Leaving Certificate Examination (including Day School Certificate (Higher) General paper), 1927
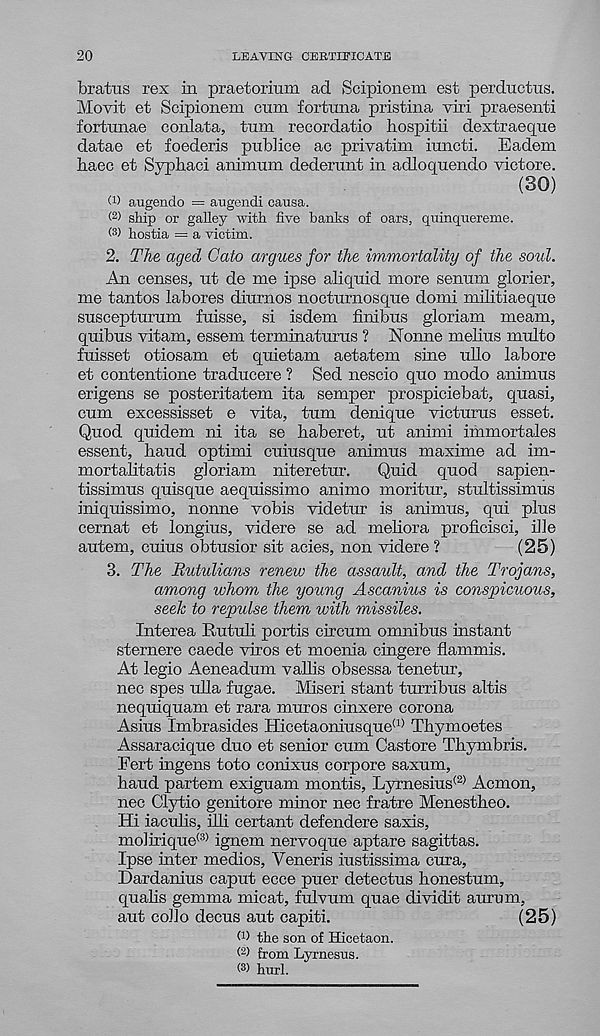
20
LEAVING CERTIFICATE
bratus rex in praetorium ad Scipionem est perductus.
Movit et Scipionem cum fortuna pristina viri praesenti
fortunae conlata, turn recordatio hospitii dextraeque
datae et foederis pub]ice ac privatim iuncti. Eadem
haec et Sypbaci animum dederunt in adloquendo victore.
(30)
O) angendo = augendi causa.
® ship or galley with five banks of oars, quinquereme.
® hostia = a victim.
2. The aged Cato argues for the immortality of the sold.
An censes, ut de me ipse aliquid more senum glorier,
me tantos labores diurnos nocturnosque domi militiaeque
suscepturum fuisse, si isdem finibus gloriam meam,
quibus vitam, essem terminaturus ? Nonne melius multo
fuisset otiosam et quietam aetatem sine ullo labore
et contentione traducere ? Sed nescio quo modo animus
erigens se posteritatem ita semper prospiciebat, quasi,
cum excessisset e vita, turn denique victurus esset.
Quod quidem ni ita se baberet, ut animi immortales
essent, baud optimi cuiusque animus maxime ad im-
mortabtatis gloriam niteretur. Quid quod sapien-
tissimus quisque aequissimo animo moritur, stultissimus
iniquissimo, nonne vobis videtur is animus, qui plus
cernat et longius, videre se ad meliora proficisci, die
autem, cuius obtusior sit acies, non videre?
(25)
3. The Rutulians renew the assault, and the Trojans,
among whom the young Ascanius is conspicuous,
seek to repulse them with missiles.
Interea Rutub portis circum omnibus instant
sternere caede viros et moenia cingere flammis.
At legio Aeneadum valbs obsessa tenetur,
nee spes uba fugae. Miseri stant turribus altis
nequiquam et rara muros cinxere corona
Asius Imbrasides Hicetaoniusque (1) Thymoetes
Assaracique duo et senior cum Castore Tbymbris.
Fert ingens toto conixus corpore saxum,
baud partem exiguam mentis, Lyrnesius (2) Acmon,
nec Clytio genitore minor nec fratre Menestheo.
Hi iacubs, ibi certant defendere saxis,
mobrique® ignem nervoque aptare sagittas.
Ipse inter medios, Veneris iustissima cura,
Dardanius caput ecce puer detectus honestum,
quabs gemma micat, fulvum quae dividit aurum,
aut codo decus aut capiti.
(25)
O) the son of Hicetaon.
® from Lyrnesus.
hurl.